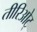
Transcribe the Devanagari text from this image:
तीरिओट्